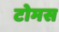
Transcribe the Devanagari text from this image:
टोमस